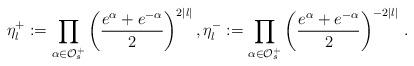
LaTeX: \begin{align*}\eta_l^+ := \prod_{\alpha \in \mathcal{O}_s^+} \left(\frac{e^\alpha + e^{- \alpha}}{2}\right)^{2|l|},\eta_l^- := \prod_{\alpha \in \mathcal{O}_s^+} \left(\frac{e^\alpha + e^{- \alpha}}{2}\right)^{-2|l|}\, .\end{align*}